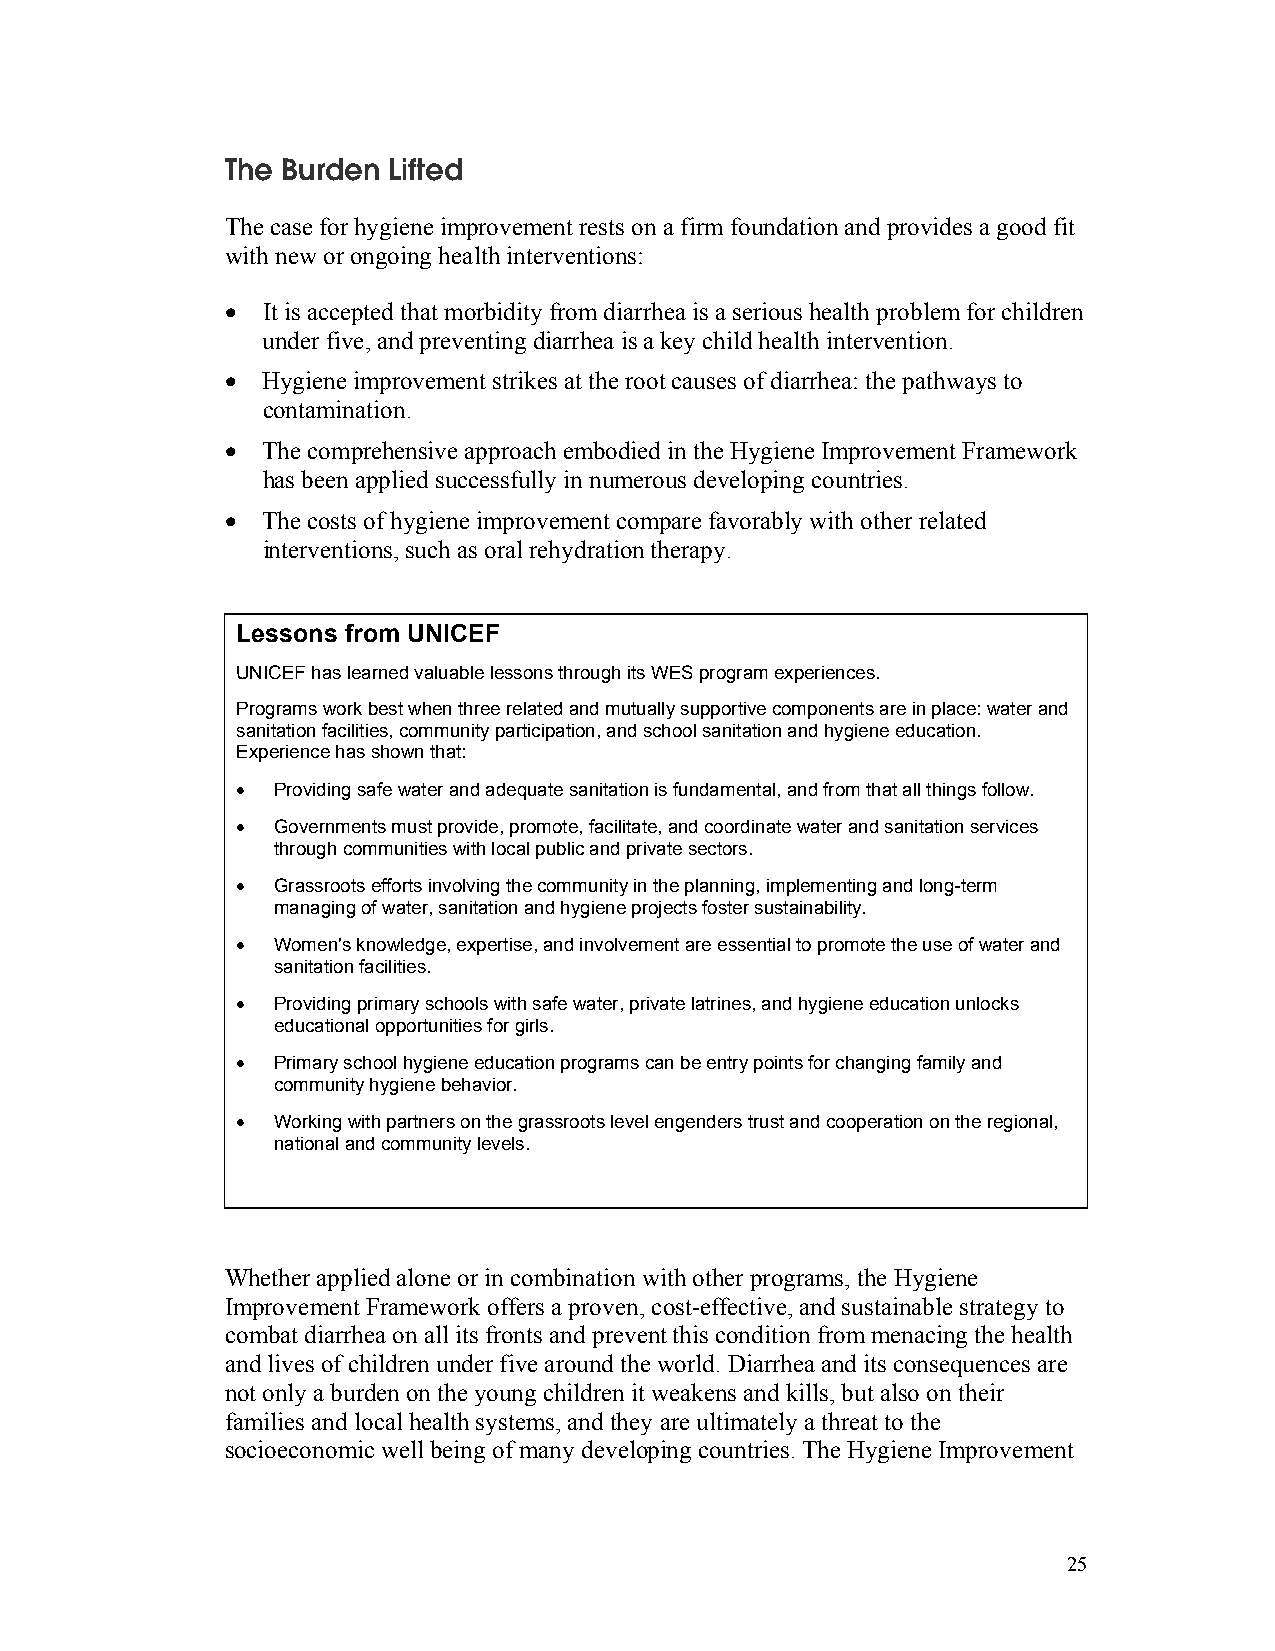
The Burden Lifted
 The case for hygiene improvement rests on a firm foundation and provides a good fit
 with new or ongoing health interventions:
 • It is accepted that morbidity from diarrhea is a serious health problem for children
 under five, and preventing diarrhea is a key child health intervention.
 • Hygiene improvement strikes at the root causes of diarrhea: the pathways to
 contamination.
 • The comprehensive approach embodied in the Hygiene Improvement Framework
 has been applied successfully in numerous developing countries.
 • The costs of hygiene improvement compare favorably with other related
 interventions, such as oral rehydration therapy.
 Lessons from UNICEF
 UNICEF has learned valuable lessons through its WES program experiences.
 Programs work best when three related and mutually supportive components are in place: water and
 sanitation facilities, community participation, and school sanitation and hygiene education.
 Experience has shown that:
 • Providing safe water and adequate sanitation is fundamental, and from that all things follow.
 • Governments must provide, promote, facilitate, and coordinate water and sanitation services
 through communities with local public and private sectors.
 • Grassroots efforts involving the community in the planning, implementing and long-term
 managing of water, sanitation and hygiene projects foster sustainability.
 • Women's knowledge, expertise, and involvement are essential to promote the use of water and
 sanitation facilities.
 • Providing primary schools with safe water, private latrines, and hygiene education unlocks
 educational opportunities for girls.
 • Primary school hygiene education programs can be entry points for changing family and
 community hygiene behavior.
 • Working with partners on the grassroots level engenders trust and cooperation on the regional,
 national and community levels.
 Whether applied alone or in combination with other programs, the Hygiene
 Improvement Framework offers a proven, cost-effective, and sustainable strategy to
 combat diarrhea on all its fronts and prevent this condition from menacing the health
 and lives of children under five around the world. Diarrhea and its consequences are
 not only a burden on the young children it weakens and kills, but also on their
 families and local health systems, and they are ultimately a threat to the
 socioeconomic well being of many developing countries. The Hygiene Improvement
 25